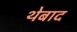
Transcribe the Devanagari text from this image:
थेबाद